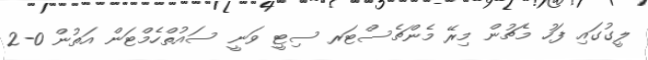
ލީގުގައި ފަހު މެޗުން މިރޭ މެންޗެސްޓަރ ސިޓީ ވަނީ ސައުތްހެމްޓަން އަތުން 0-2